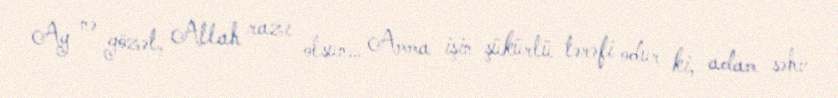
Ay nə gözəl, Allah razı olsun… Amma işin şükürlü tərəfi odur ki, adam səhv